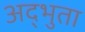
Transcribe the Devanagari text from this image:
अद्भुता